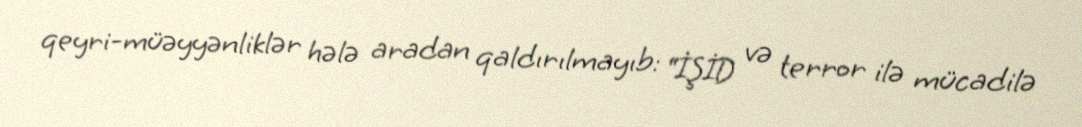
qeyri-müəyyənliklər hələ aradan qaldırılmayıb: “İŞİD və terror ilə mücadilə